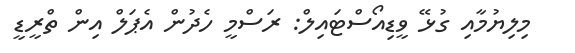
މިލިޔުމާއި ގުޅޭ ވީޑިއޯސްޓައިލް: ރަސްމީ ހެދުން އެޕަލް އިން ތްރީޑީ